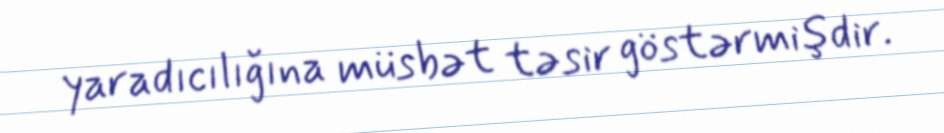
yaradıcılığına müsbət təsir göstərmişdir.